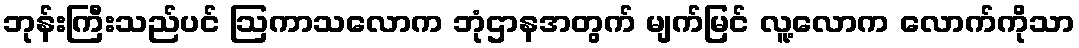
ဘုန်းကြီးသည်ပင် ဩကာသလောက ဘုံဌာနအတွက် မျက်မြင် လူ့လောက လောက်ကိုသာ